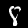
Digit: 8